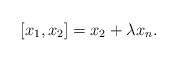
LaTeX: \begin{align*}[x_1, x_2] = x_2 + \lambda x_n . \end{align*}